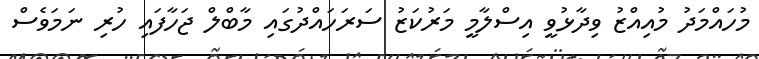
މުހައްމަދު މުއިއްޒު ވިދާޅުވީ އިސްލާމީ މަރުކަޒު ސަރަހައްދުގައި މާބްލް ޖަހާފައި ހުރި ނަމަވެސް